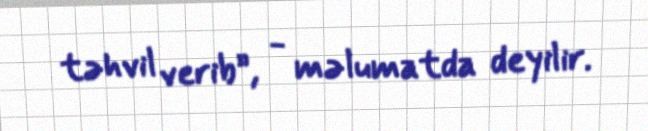
təhvil verib”, - məlumatda deyilir.